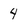
Character: 4